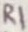
Text: C1